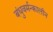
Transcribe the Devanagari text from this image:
बंधुवर्मन्कालीन